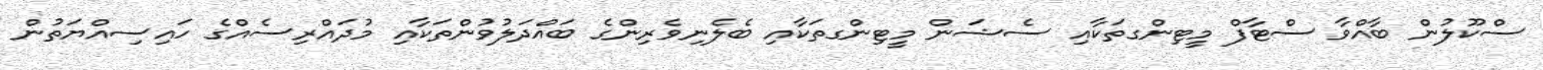
ސްކޫލުން ބާއްވާ ސްޓާފް މީޓިންގތަކާއި ސެޝަން މީޓިންގތަކާއި ބެލެނިވެރިންގެ ބައްދަލުވުންތަކާއި މުދައްރިސެއްގެ ހައިސިއްޔަތުން